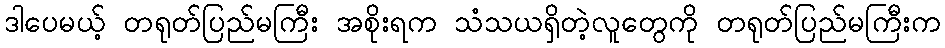
ဒါပေမယ့် တရုတ်ပြည်မကြီး အစိုးရက သံသယရှိတဲ့လူတွေကို တရုတ်ပြည်မကြီးက